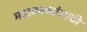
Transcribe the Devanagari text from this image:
महाकाव्यांसाठी